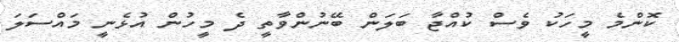
ކޮންމެ މީހަކު ވެސް ކުއްޖާ ބަލަން ބޭނުންވާތީ ދެ މީހުން އުޅެނީ މައްސަލަ